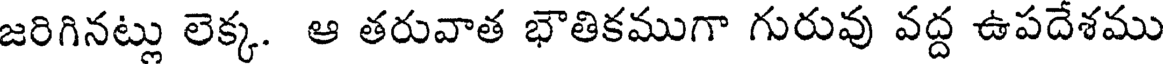
జరిగినట్లు లెక్క. ఆ తరువాత భౌతికముగా గురువు వద్ద ఉపదేశము